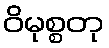
ဝိမုစ္စတု